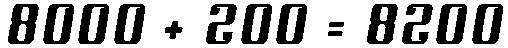
8000 + 200 = 8200